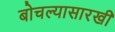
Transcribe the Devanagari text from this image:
बोचल्यासारखी